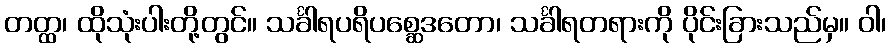
တတ္ထ၊ ထိုသုံးပါးတို့တွင်။ သင်္ခါရပရိပစ္ဆေဒတော၊ သင်္ခါရတရားကို ပိုင်းခြားသည်မှ။ ဝါ၊